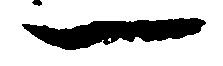
一